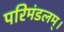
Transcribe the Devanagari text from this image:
परिमंडलम्।